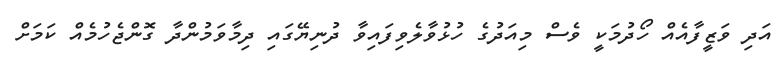
އަދި ވަޒީފާއެއް ހޯދުމަކީ ވެސް މިއަދުގެ ހުޅުވާލެވިފައިވާ ދުނިޔޭގައި ދިމާވަމުންދާ ގޮންޖެހުމެއް ކަމަށް